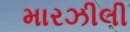
મારઝીલી